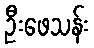
ဦးဖေသန်း